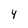
Character: Y